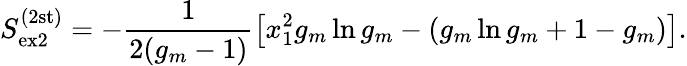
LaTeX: S_{\mathrm{ex2}}^{(2\mathrm{st)}}=-\frac{1}{2(g_{m}-1)}\left[x_{1}^{2}g_{m}\ln g_{m}-\left(g_{m}\ln g_{m}+1-g_{m}\right)\right].